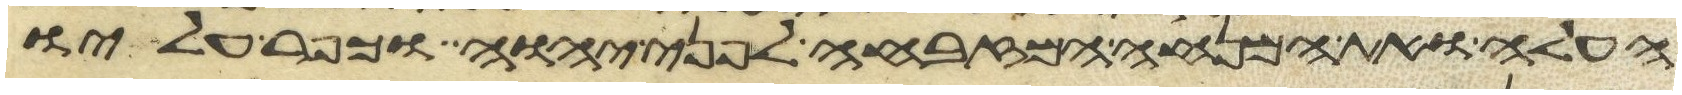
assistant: העלה ואת המנחה המזבחה לפני יהוה וכפר עליו